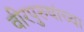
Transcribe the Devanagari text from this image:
वीरपुरुषांच्या